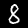
Label: 8